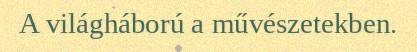
A világháború a művészetekben.